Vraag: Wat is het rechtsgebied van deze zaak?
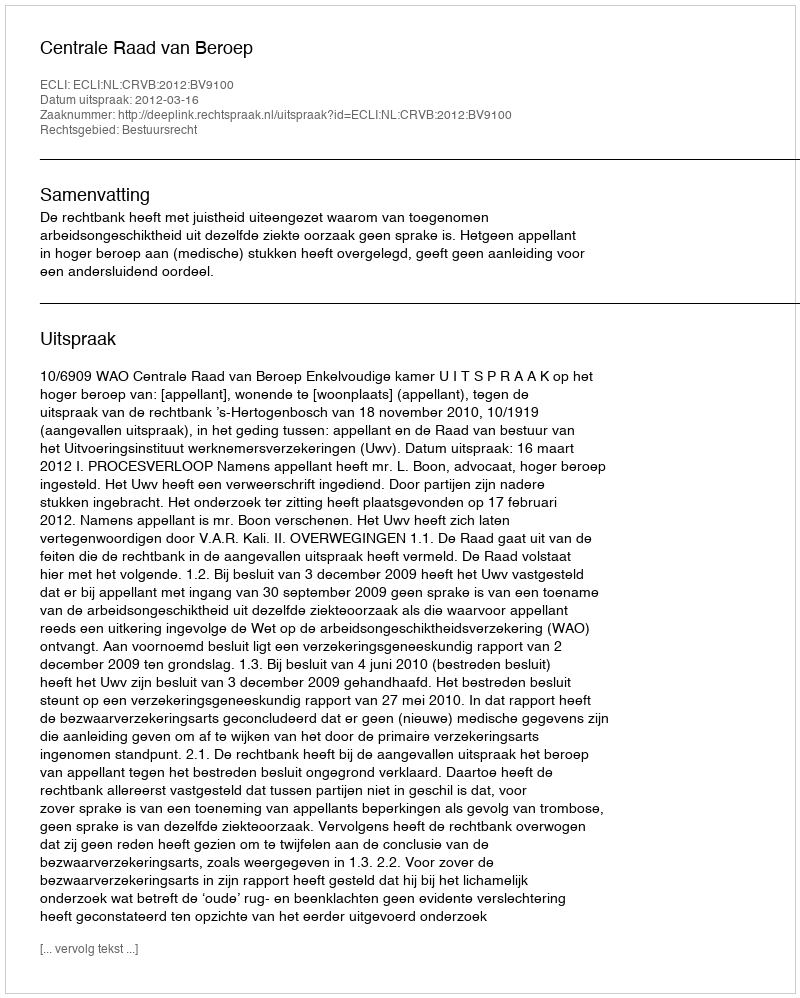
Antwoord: Bestuursrecht